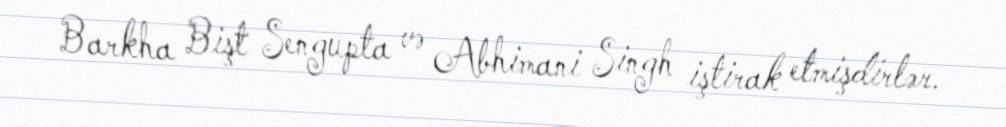
Barkha Bişt Sengupta və Abhimani Singh iştirak etmişdirlər.